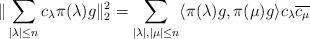
LaTeX: \begin{align*} \| \sum _{|\lambda | \leq n } c_\lambda \pi (\lambda )g\|_2^2 = \sum _{|\lambda | , |\mu | \leq n} \langle \pi (\lambda ) g, \pi (\mu )g\rangle c_\lambda \overline{c_\mu } \end{align*}